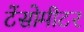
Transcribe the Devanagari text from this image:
टेंसोमीटर